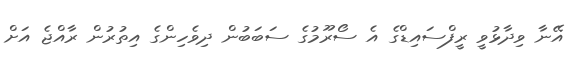
އޭނާ ވިދާޅުވީ ރީފްސައިޑްގެ އެ ސޯރޫމުގެ ސަބަބުން ދިވެހިންގެ އިތުރުން ރާއްޖެ އަށް